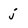
Character: j